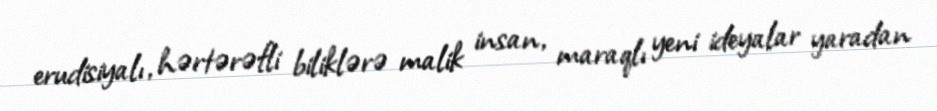
erudisiyalı, hərtərəfli biliklərə malik insan, maraqlı yeni ideyalar yaradan